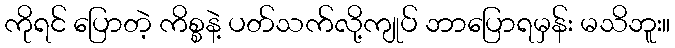
ကိုရင် ပြောတဲ့ ကိစ္စနဲ့ ပတ်သက်လို့ကျုပ် ဘာပြောရမှန်း မသိဘူး။